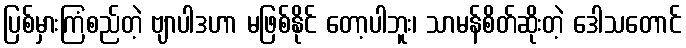
ပြစ်မှားကြံစည်တဲ့ ဗျာပါဒဟာ မဖြစ်နိုင် တော့ပါဘူး၊ သာမန်စိတ်ဆိုးတဲ့ ဒေါသတောင်